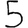
Digit: 5